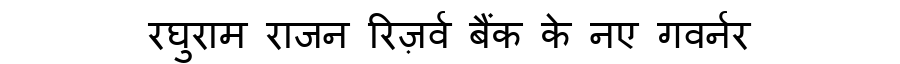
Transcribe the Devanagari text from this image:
रघुराम राजन रिज़र्व बैंक के नए गवर्नर